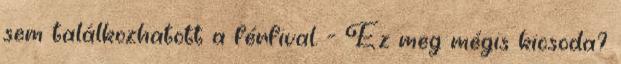
sem találkozhatott a férfival. - Ez meg mégis kicsoda?